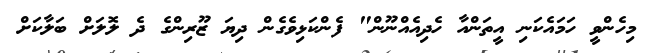
މިހެންވީ ހަމައެކަނި އީތަންއާ ހެދިއެއްނޫން" ފެންކަޅިވެގެން ދިޔަ ޒޫރިންގެ ދެ ލޮލަށް ބަލާކަށް